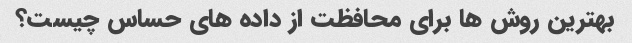
بهترین روش ها برای محافظت از داده های حساس چیست؟